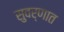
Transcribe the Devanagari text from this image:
सुवर्णात